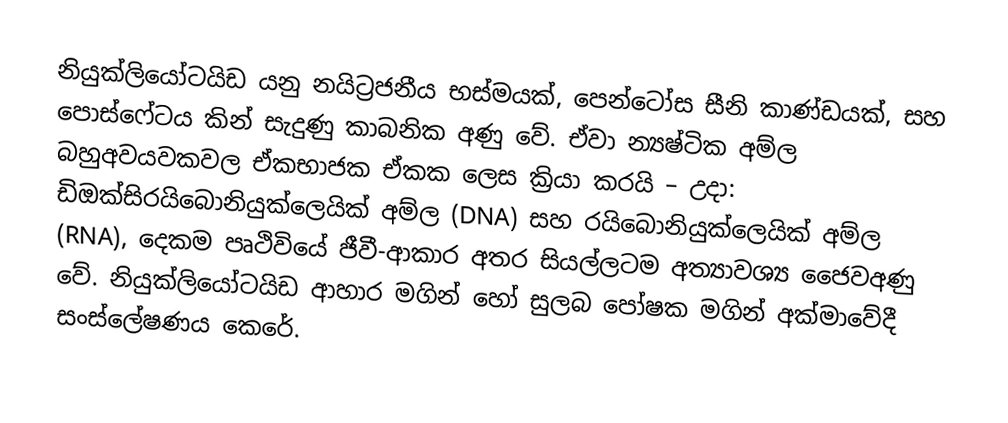
නියුක්ලියෝටයිඩ යනු නයිට්‍රජනීය භස්මයක්, පෙන්ටෝස සීනි කාණ්ඩයක්, සහ පොස්ෆේටය කින් සැදුණු කාබනික අණු වේ. ඒවා න්‍යෂ්ටික අම්ල බහුඅවයවකවල ඒකභාජක ඒකක ලෙස ක්‍රියා කරයි – උදා: ඩිඔක්සිරයිබොනියුක්ලෙයික් අම්ල (DNA) සහ රයිබොනියුක්ලෙයික් අම්ල (RNA), දෙකම පෘථිවියේ ජීවී-ආකාර අතර සියල්ලටම අත්‍යාවශ්‍ය ජෛවඅණු වේ. නියුක්ලියෝටයිඩ ආහාර මගින් හෝ සුලබ පෝෂක මගින් අක්මාවේදී සංස්ලේෂණය කෙරේ.